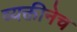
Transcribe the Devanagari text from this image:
व्यक्तीनेच